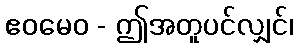
ဧဝမေဝ - ဤအတူပင်လျှင်၊